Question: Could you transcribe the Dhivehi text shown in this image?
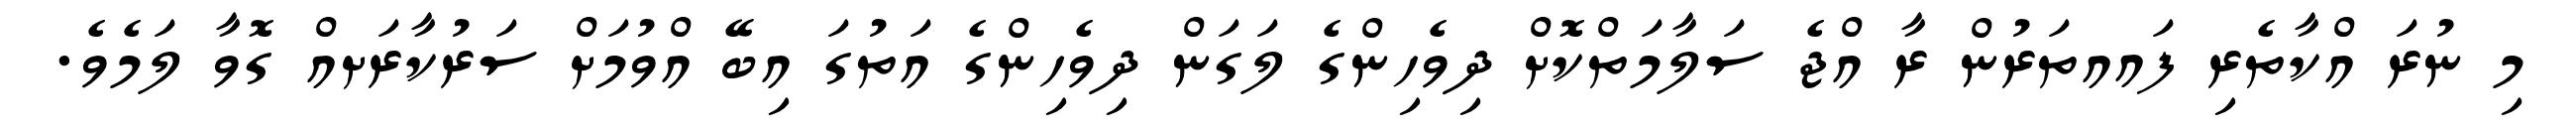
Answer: މި ނުރަ އްކާތެރި ފައއތަރުން ރާ އްޖެ ސަލާމަތްކޮށް ދިވެހިންގެ ލަގަން ދިވެހިންގެ އަތުގަ އިބޭ އްވުމަށް ސަރުކާރަށއް ގޮވާ ލަމެވެ.